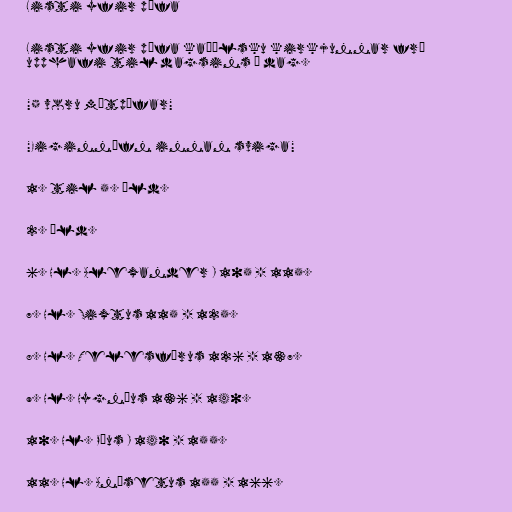
Listi yfir páfa

Listi yfir páfa kaþólsku kirkjunnar frá
upphafi til dagsins í dag.

"* voru mótpáfar"

"Eiginnöfn innan sviga"

1. til 5. öld.

2. öld.

6. Hl. Alexander I 105 - 115.

7. Hl. Sixtus 115 - 125.

8. Hl. Telesfórus 126 - 137.

9. Hl. Hygníus 136 - 140.

10. Hl. Píus I 140 - 155.

11. Hl. Anísetus 155 - 166.